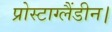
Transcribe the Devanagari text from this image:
प्रोस्टाग्लैंडीन।